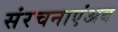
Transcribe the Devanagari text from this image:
संरचनाएंअब